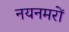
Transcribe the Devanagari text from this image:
नयनमरों